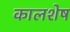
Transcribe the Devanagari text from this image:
कालशेष